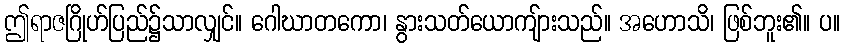
ဤရာဇဂြိုဟ်ပြည်၌သာလျှင်။ ဂေါဃာတကော၊ နွားသတ်ယောကျ်ားသည်။ အဟောသိ၊ ဖြစ်ဘူး၏။ ပ။